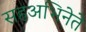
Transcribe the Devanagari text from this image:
सहअभिनेते